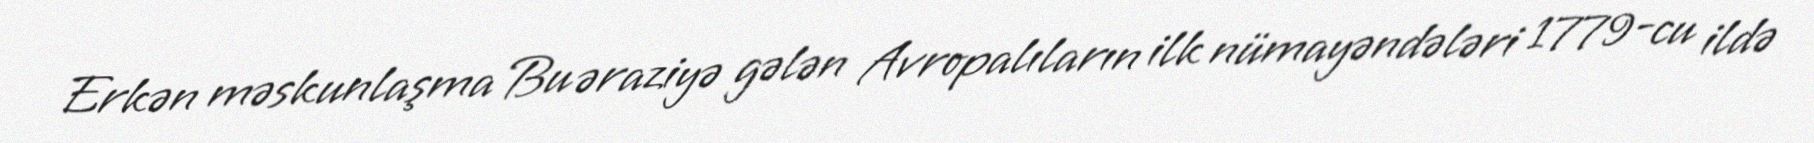
Erkən məskunlaşma Bu əraziyə gələn Avropalıların ilk nümayəndələri 1779-cu ildə